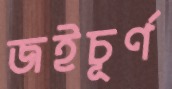
জইচূর্ণ